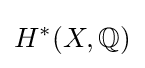
H^{*}(X,\mathbb {Q} )